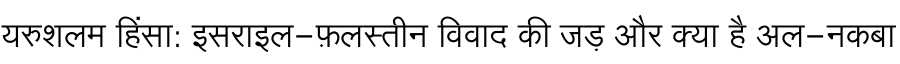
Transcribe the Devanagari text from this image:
यरुशलम हिंसा: इसराइल-फ़लस्तीन विवाद की जड़ और क्या है अल-नकबा